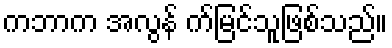
ကဘာက အလွန် က်မြင်သူဖြစ်သည်။